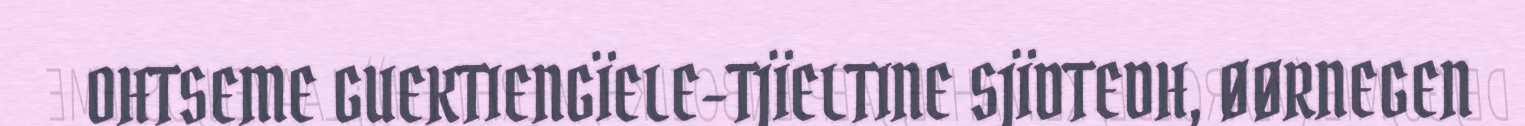
OHTSEME GUEKTIENGÏELE-TJÏELTINE SJÏDTEDH, ØØRNEGEN